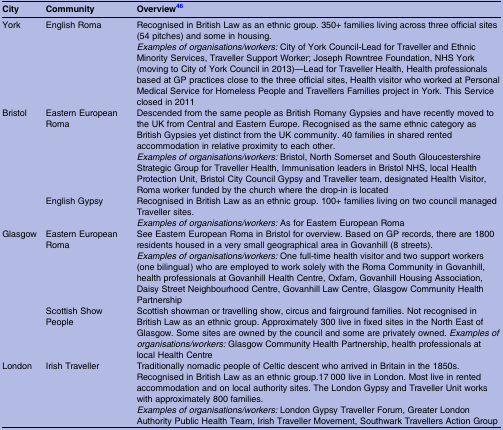
<table><thead><tr><td><b>City</b></td><td><b>Community</b></td><td><b>Overview46</b></td></tr></thead><tbody><tr><td>York</td><td>English Roma</td><td>Recognised in British Law as an ethnic group. 350+ families living across three official sites (54 pitches) and some in housing.<i>Examples of organisations/workers:</i> City of York Council-Lead for Traveller and Ethnic Minority Services, Traveller Support Worker; Joseph Rowntree Foundation, NHS York (moving to City of York Council in 2013)—Lead for Traveller Health, Health professionals based at GP practices close to the three official sites, Health visitor who worked at Personal Medical Service for Homeless People and Travellers Families project in York. This Service closed in 2011</td></tr><tr><td rowspan="2">Bristol</td><td>Eastern European Roma</td><td>Descended from the same people as British Romany Gypsies and have recently moved to the UK from Central and Eastern Europe. Recognised as the same ethnic category as British Gypsies yet distinct from the UK community. 40 families in shared rented accommodation in relative proximity to each other.<i>Examples of organisations/workers:</i> Bristol, North Somerset and South Gloucestershire Strategic Group for Traveller Health, Immunisation leaders in Bristol NHS, local Health Protection Unit, Bristol City Council Gypsy and Traveller team, designated Health Visitor, Roma worker funded by the church where the drop-in is located</td></tr><tr><td>English Gypsy</td><td>Recognised in British Law as an ethnic group. 100+ families living on two council managed Traveller sites.<i>Examples of organisations/workers:</i> As for Eastern European Roma</td></tr><tr><td>Glasgow</td><td>Eastern European Roma</td><td>See Eastern European Roma in Bristol for overview. Based on GP records, there are 1800 residents housed in a very small geographical area in Govanhill (8 streets).<i>Examples of organisations/workers:</i> One full-time health visitor and two support workers (one bilingual) who are employed to work solely with the Roma Community in Govanhill, health professionals at Govanhill Health Centre, Oxfam, Govanhill Housing Association, Daisy Street Neighbourhood Centre, Govanhill Law Centre, Glasgow Community Health Partnership</td></tr><tr><td></td><td>Scottish Show People</td><td>Scottish showman or travelling show, circus and fairground families. Not recognised in British Law as an ethnic group. Approximately 300 live in fixed sites in the North East of Glasgow. Some sites are owned by the council and some are privately owned. <i>Examples of organisations/workers:</i> Glasgow Community Health Partnership, health professionals at local Health Centre</td></tr><tr><td>London</td><td>Irish Traveller</td><td>Traditionally nomadic people of Celtic descent who arrived in Britain in the 1850s. Recognised in British Law as an ethnic group.17 000 live in London. Most live in rented accommodation and on local authority sites. The London Gypsy and Traveller Unit works with approximately 800 families.<i>Examples of organisations/workers:</i> London Gypsy Traveller Forum, Greater London Authority Public Health Team, Irish Traveller Movement, Southwark Travellers Action Group</td></tr></tbody></table>